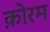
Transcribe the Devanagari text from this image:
क़ोरम